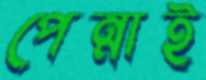
পেন্নাই